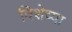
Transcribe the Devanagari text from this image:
विशेष्या